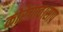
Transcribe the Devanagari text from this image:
कोरेगाव।साप